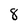
Character: 8